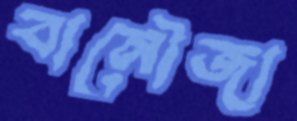
বানৌজা